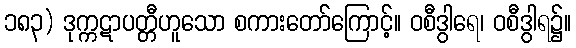
၁၈၃) ဒုက္ကဋာပတ္တီဟူသော စကားတော်ကြောင့်။ ဝစီဒွါရေ၊ ဝစီဒွါရ၌။